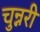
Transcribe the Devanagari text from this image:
चुन्नरी